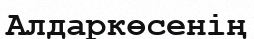
Алдаркөсенің